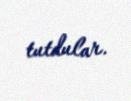
tutdular.